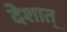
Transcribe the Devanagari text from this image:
देशात्